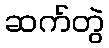
ဆက်တွဲ